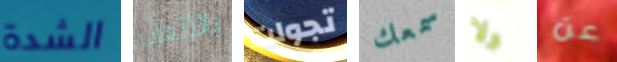
الشدة بالألعاب تجولت سمعك ولا عن